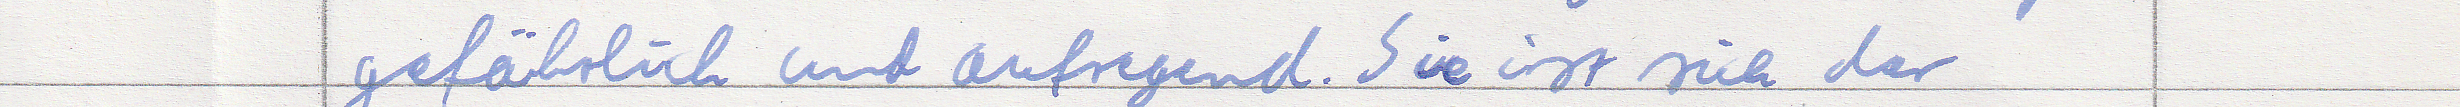
gefährlich und aufregend. Sie ist sich der